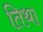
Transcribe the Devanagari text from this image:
तिथा